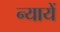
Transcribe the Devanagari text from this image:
न्यायें